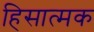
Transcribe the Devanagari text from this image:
हिसात्मक